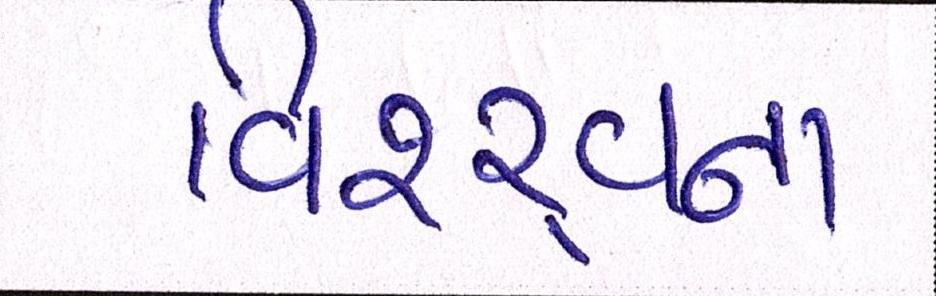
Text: વિશ્ર્વના